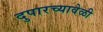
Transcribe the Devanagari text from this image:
दुपारच्यावेळी